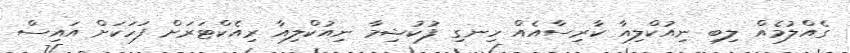
ގެއްލުމެއް ލިބި ނިއުކްލިއާ ކާރިސާއެއް ހިނގި ފުކުޝިމާ ނިއުކްލިއާ ރިއެކްޓަރަށް ފަހަކަށް އައިސް